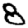
Digit: 8